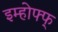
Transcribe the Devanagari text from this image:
इम्होफ्फ्